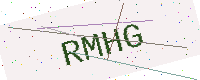
Text: RMHG